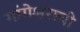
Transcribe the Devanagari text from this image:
गांगेश्वराची